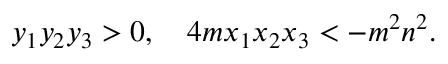
y _ { 1 } y _ { 2 } y _ { 3 } > 0 , \quad 4 m x _ { 1 } x _ { 2 } x _ { 3 } < - m ^ { 2 } n ^ { 2 } .